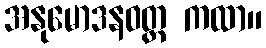
အနုမောဒနဝတ္တ ကထာ။